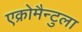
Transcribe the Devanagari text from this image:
एक्रोमैन्टुला